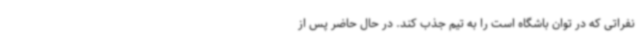
نفراتی که در توان باشگاه است را به تیم جذب کند. در حال حاضر پس از